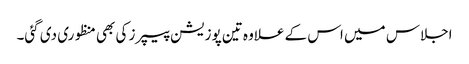
اجلاس میں اس کے علاوہ تین پوزیشن پیپرز کی بھی منظوری دی گئی۔